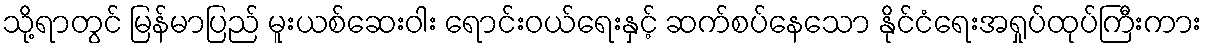
သို့ရာတွင် မြန်မာပြည် မူးယစ်ဆေးဝါး ရောင်းဝယ်ရေးနှင့် ဆက်စပ်နေသော နိုင်ငံရေးအရှုပ်ထုပ်ကြီးကား